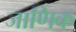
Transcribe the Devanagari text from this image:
जाणिक